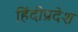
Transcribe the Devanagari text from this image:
हिंदीप्रदेश